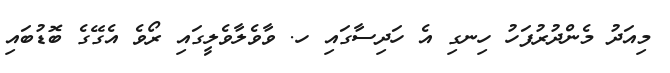
މިއަދު މެންދުރުފަހު ހިނގި އެ ހަދިސާގައި ހ. ވާވެލާވެލީގައި ރޯވެ އެގޭގެ ބޮޑުބައި